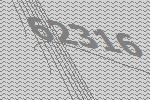
62316